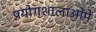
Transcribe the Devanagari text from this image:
प्रयोगशालाओंमें